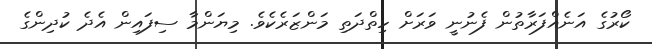
ކޯރުގެ އަނެއްފަރާތުން ފެނުނީ ވަރަށް ހިތްދަތި މަންޒަރެކެވެ. މިޔަންމާ ސިފައިން އެދެ ކުދިންގެ